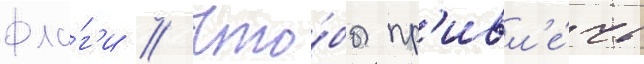
фла́г'и // Что́бы пр'ивл'е́чь